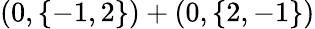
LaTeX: (0,\{ -1,2\} )+(0,\{ 2,-1\} )